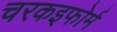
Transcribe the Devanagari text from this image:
चरकइफोर्म